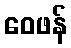
ဝေဖန်